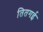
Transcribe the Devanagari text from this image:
तितगई